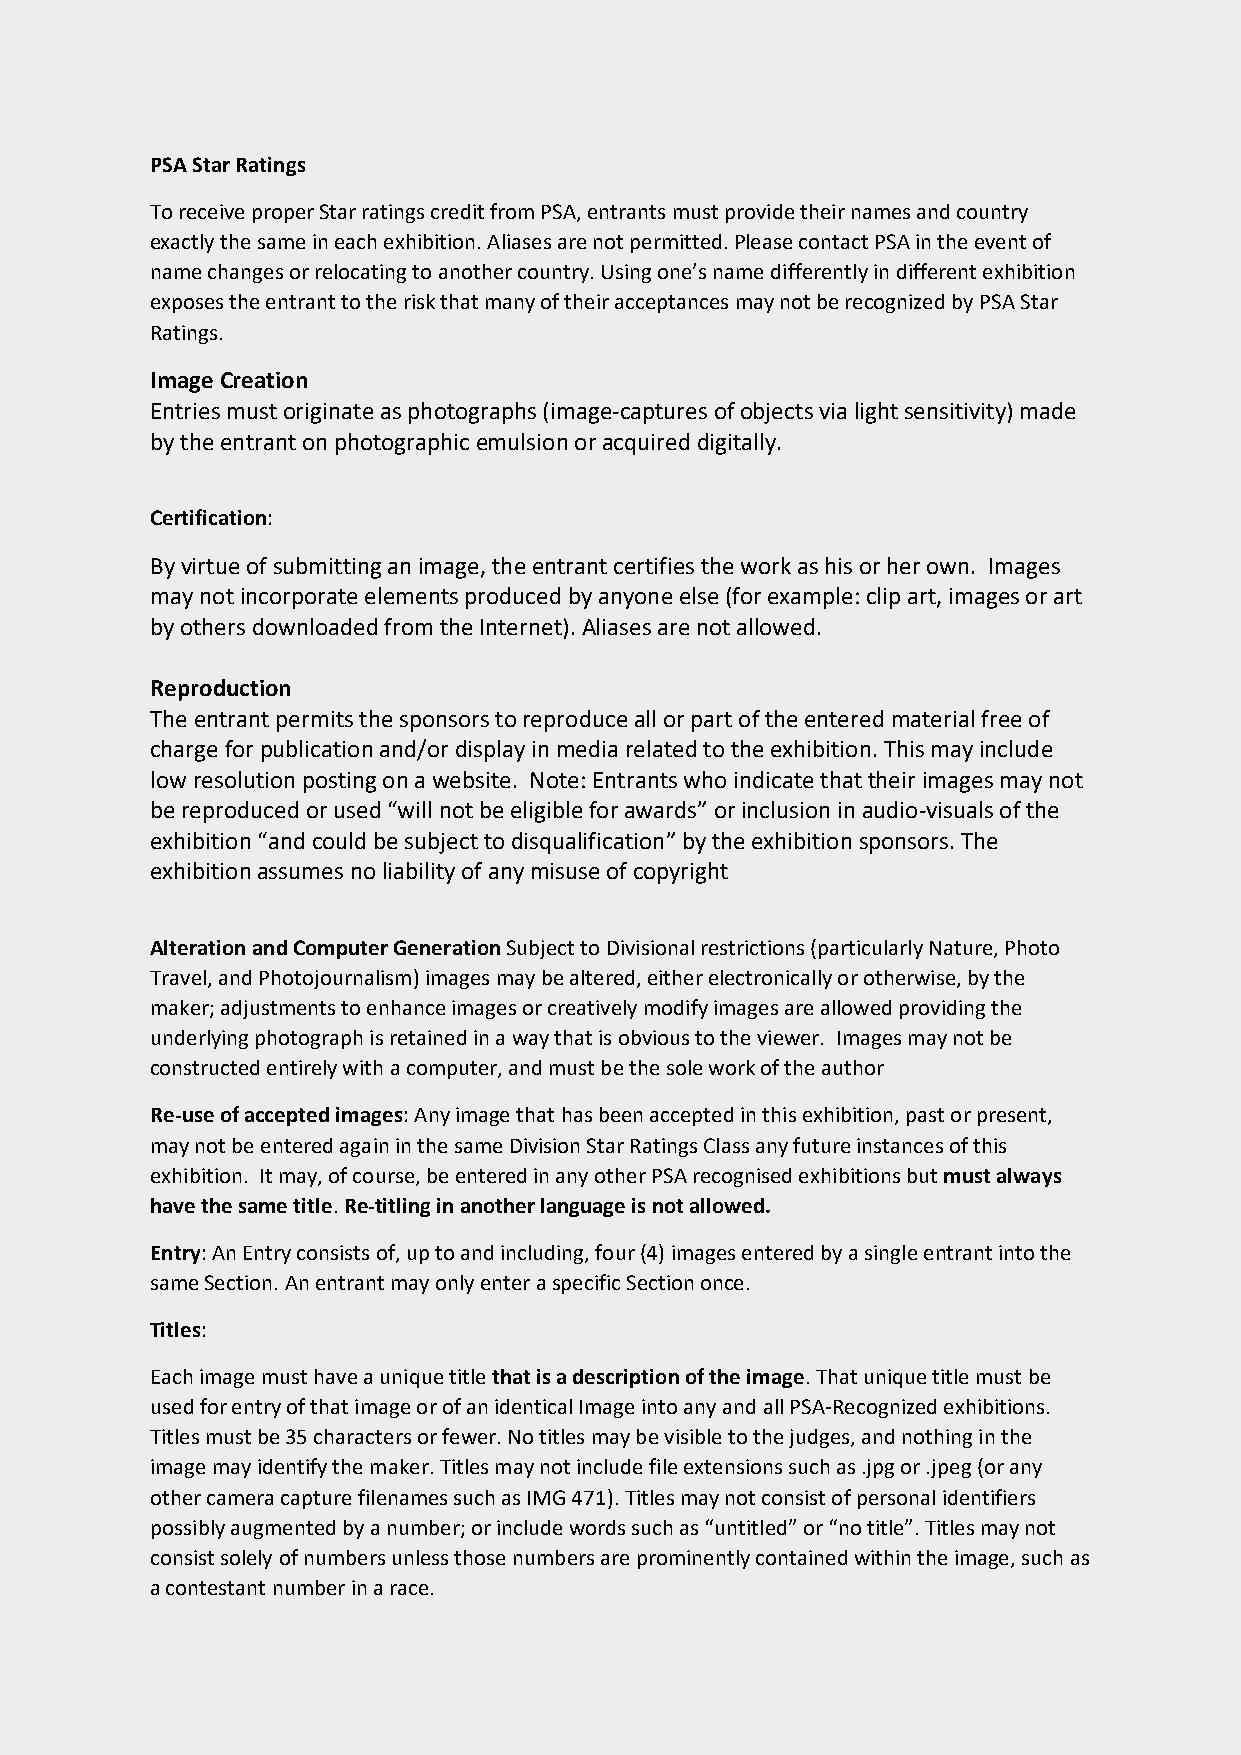
PSA Star Ratings
 To receive proper Star ratings credit from PSA, entrants must provide their names and country
 exactly the same in each exhibition. Aliases are not permitted. Please contact PSA in the event of
 name changes or relocating to another country. Using one’s name differently in different exhibition
 exposes the entrant to the risk that many of their acceptances may not be recognized by PSA Star
 Ratings.
 Image Creation
 Entries must originate as photographs (image-captures of objects via light sensitivity) made
 by the entrant on photographic emulsion or acquired digitally.
 Certification:
 By virtue of submitting an image, the entrant certifies the work as his or her own. Images
 may not incorporate elements produced by anyone else (for example: clip art, images or art
 by others downloaded from the Internet). Aliases are not allowed.
 Reproduction
 The entrant permits the sponsors to reproduce all or part of the entered material free of
 charge for publication and/or display in media related to the exhibition. This may include
 low resolution posting on a website. Note: Entrants who indicate that their images may not
 be reproduced or used “will not be eligible for awards” or inclusion in audio-visuals of the
 exhibition “and could be subject to disqualification” by the exhibition sponsors. The
 exhibition assumes no liability of any misuse of copyright
 Alteration and Computer Generation Subject to Divisional restrictions (particularly Nature, Photo
 Travel, and Photojournalism) images may be altered, either electronically or otherwise, by the
 maker; adjustments to enhance images or creatively modify images are allowed providing the
 underlying photograph is retained in a way that is obvious to the viewer. Images may not be
 constructed entirely with a computer, and must be the sole work of the author
 Re-use of accepted images: Any image that has been accepted in this exhibition, past or present,
 may not be entered again in the same Division Star Ratings Class any future instances of this
 exhibition. It may, of course, be entered in any other PSA recognised exhibitions but must always
 have the same title. Re-titling in another language is not allowed.
 Entry: An Entry consists of, up to and including, four (4) images entered by a single entrant into the
 same Section. An entrant may only enter a specific Section once.
 Titles:
 Each image must have a unique title that is a description of the image. That unique title must be
 used for entry of that image or of an identical Image into any and all PSA-Recognized exhibitions.
 Titles must be 35 characters or fewer. No titles may be visible to the judges, and nothing in the
 image may identify the maker. Titles may not include file extensions such as .jpg or .jpeg (or any
 other camera capture filenames such as IMG 471). Titles may not consist of personal identifiers
 possibly augmented by a number; or include words such as “untitled” or “no title”. Titles may not
 consist solely of numbers unless those numbers are prominently contained within the image, such as
 a contestant number in a race.